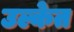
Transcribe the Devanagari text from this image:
उल्केत